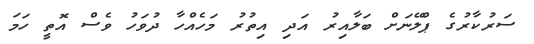
ސަރުކާރުގެ ޕްލޭނަށް ބަލާއިރު އަދި އިތުރު މަހެއްހާ ދުވަހު ވެސް އޮތީ ހަމަ